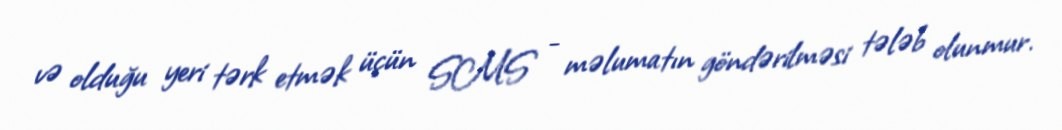
və olduğu yeri tərk etmək üçün SMS - məlumatın göndərilməsi tələb olunmur.